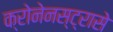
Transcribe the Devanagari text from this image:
क्रोनेनस्ट्रासे